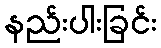
နည်းပါးခြင်း